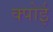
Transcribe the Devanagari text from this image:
क्पोई